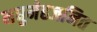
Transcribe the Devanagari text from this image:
मधुमेहजनित